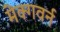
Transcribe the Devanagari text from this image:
मेक्गवर्न